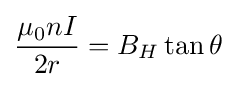
{\mu _{0}nI \over 2r}=B_{H}\tan \theta